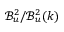
\mathcal { B } _ { u } ^ { 2 } / \mathcal { B } _ { u } ^ { 2 } ( k )